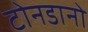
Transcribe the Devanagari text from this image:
टोनडानो